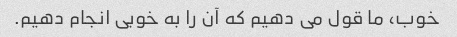
خوب، ما قول می دهیم که آن را به خوبی انجام دهیم.